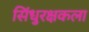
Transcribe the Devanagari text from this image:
सिंधुरक्षकला